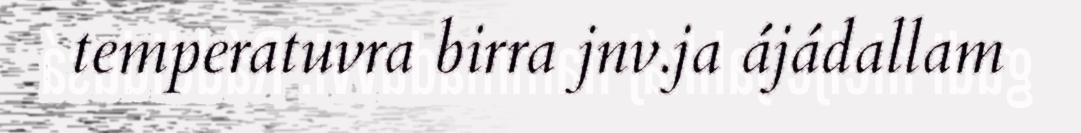
temperatuvra birra jnv.ja ájádallam